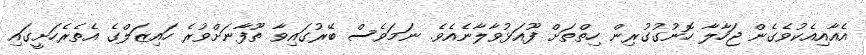
އެއާއިއެކުވެގެން ޖަހާލާ ހޮނުގުގުރިން ހިތްތަށް ފޫއަޅުވާލާނެއެވެ. ނަމަވެސް ބޭރުގައިވާ ތޫފާނަށްވުރެ ހައިޒަލްގެ އެތެރެހަށީގައި